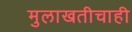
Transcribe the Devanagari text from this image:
मुलाखतीचाही